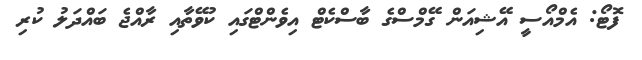
ފޮޓޯ: އެމްއޯސީ އޭޝިއަން ގޭމްސްގެ ބާސްކެޓް އިވެންޓްގައި ކުވޭތާއި ރާއްޖެ ބައްދަލު ކުރި